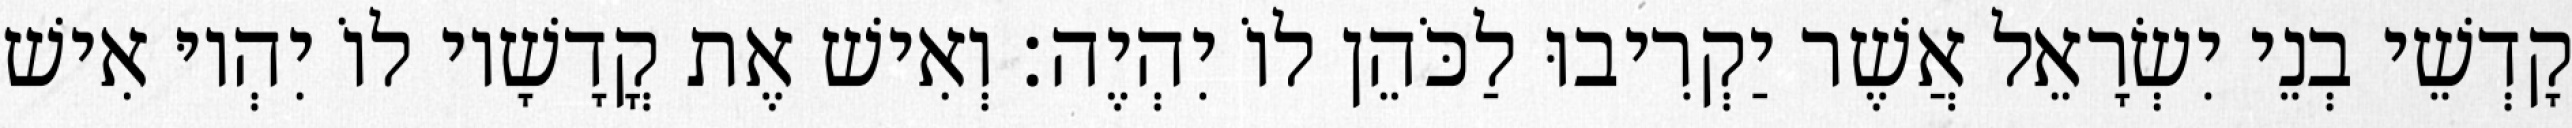
קָדְשֵׁי בְנֵי יִשְׂרָאֵל אֲשֶׁר יַקְרִיבוּ לַכֹּהֵן לוֹ יִהְיֶה׃ וְאִישׁ אֶת קֳדָשָׁיו לוֹ יִהְיוּ אִישׁ